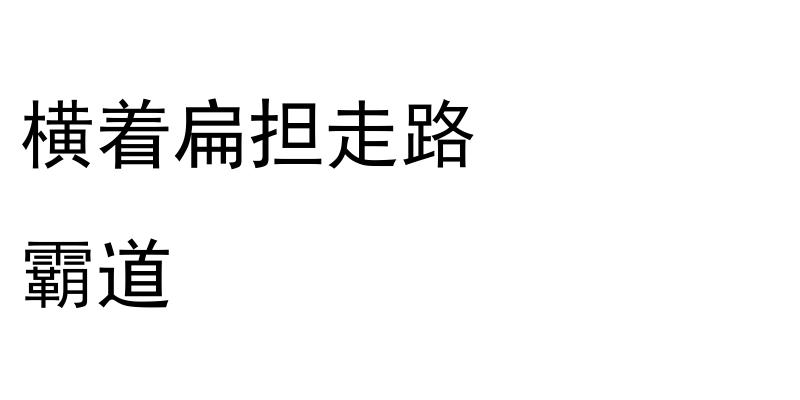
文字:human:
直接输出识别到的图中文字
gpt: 横着扁担走路 霸道